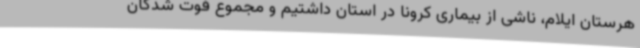
هرستان ایلام، ناشی از بیماری کرونا در استان داشتیم و مجموع فوت شدگان